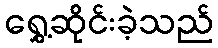
ရွှေ့ဆိုင်းခဲ့သည်